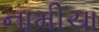
નામીચા